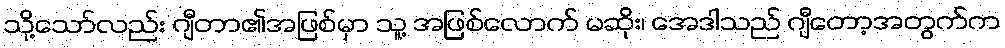
သို့သော်လည်း ဂျီတာ၏အဖြစ်မှာ သူ့ အဖြစ်လောက် မဆိုး၊ အေဒါသည် ဂျီတော့အတွက်က